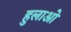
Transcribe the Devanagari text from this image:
हुलाओ